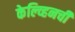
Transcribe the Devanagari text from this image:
केल्व्हिनची